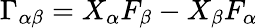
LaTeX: \Gamma_{\alpha\beta}=X_{\alpha}F_{\beta}-X_{\beta}F_{\alpha}